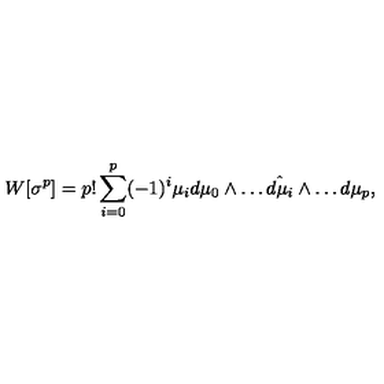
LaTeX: W [ \sigma ^ { p } ] = p ! \sum _ { i = 0 } ^ { p } ( - 1 ) ^ { i } \mu _ { i } d \mu _ { 0 } \wedge \dots \hat { d \mu _ { i } } \wedge \dots d \mu _ { p } ,